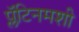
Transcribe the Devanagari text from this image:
प्लॅटिनमशी